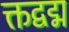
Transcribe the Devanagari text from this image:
क्तद्वद्म